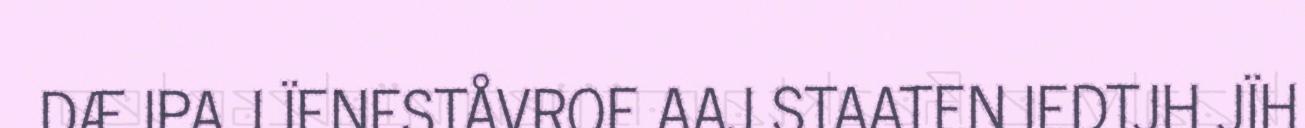
DÆJPA. LÏENESTÅVROE AAJ STAATEN IEDTJH JÏH